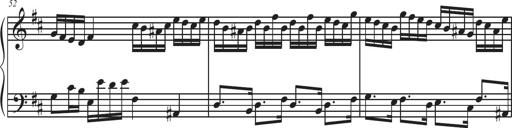
Title: Sonatina Espania
Composer: Jerald Franklin Archer
Key: Various